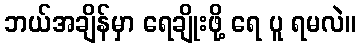
ဘယ်အချိန်မှာ ရေချိုးဖို့ ရေ ပူ ရမလဲ။